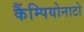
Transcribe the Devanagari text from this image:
कैंम्पियोनाटो